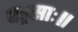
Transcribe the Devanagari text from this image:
षड्रसाः॥